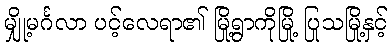
မျှို့မင်္ဂလာ ပင့်လေရာ၏ မြို့ရွာကိုမြို့ ပြုသမြို့နှင့်